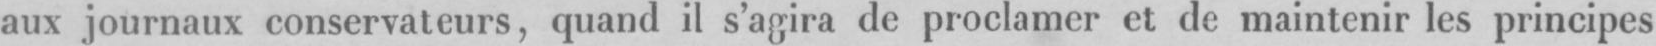
aux journaux conservateurs, quand il s’agira de proclamer et de maintenir les principes